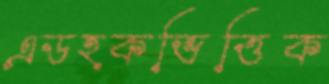
এডহকভিত্তিক